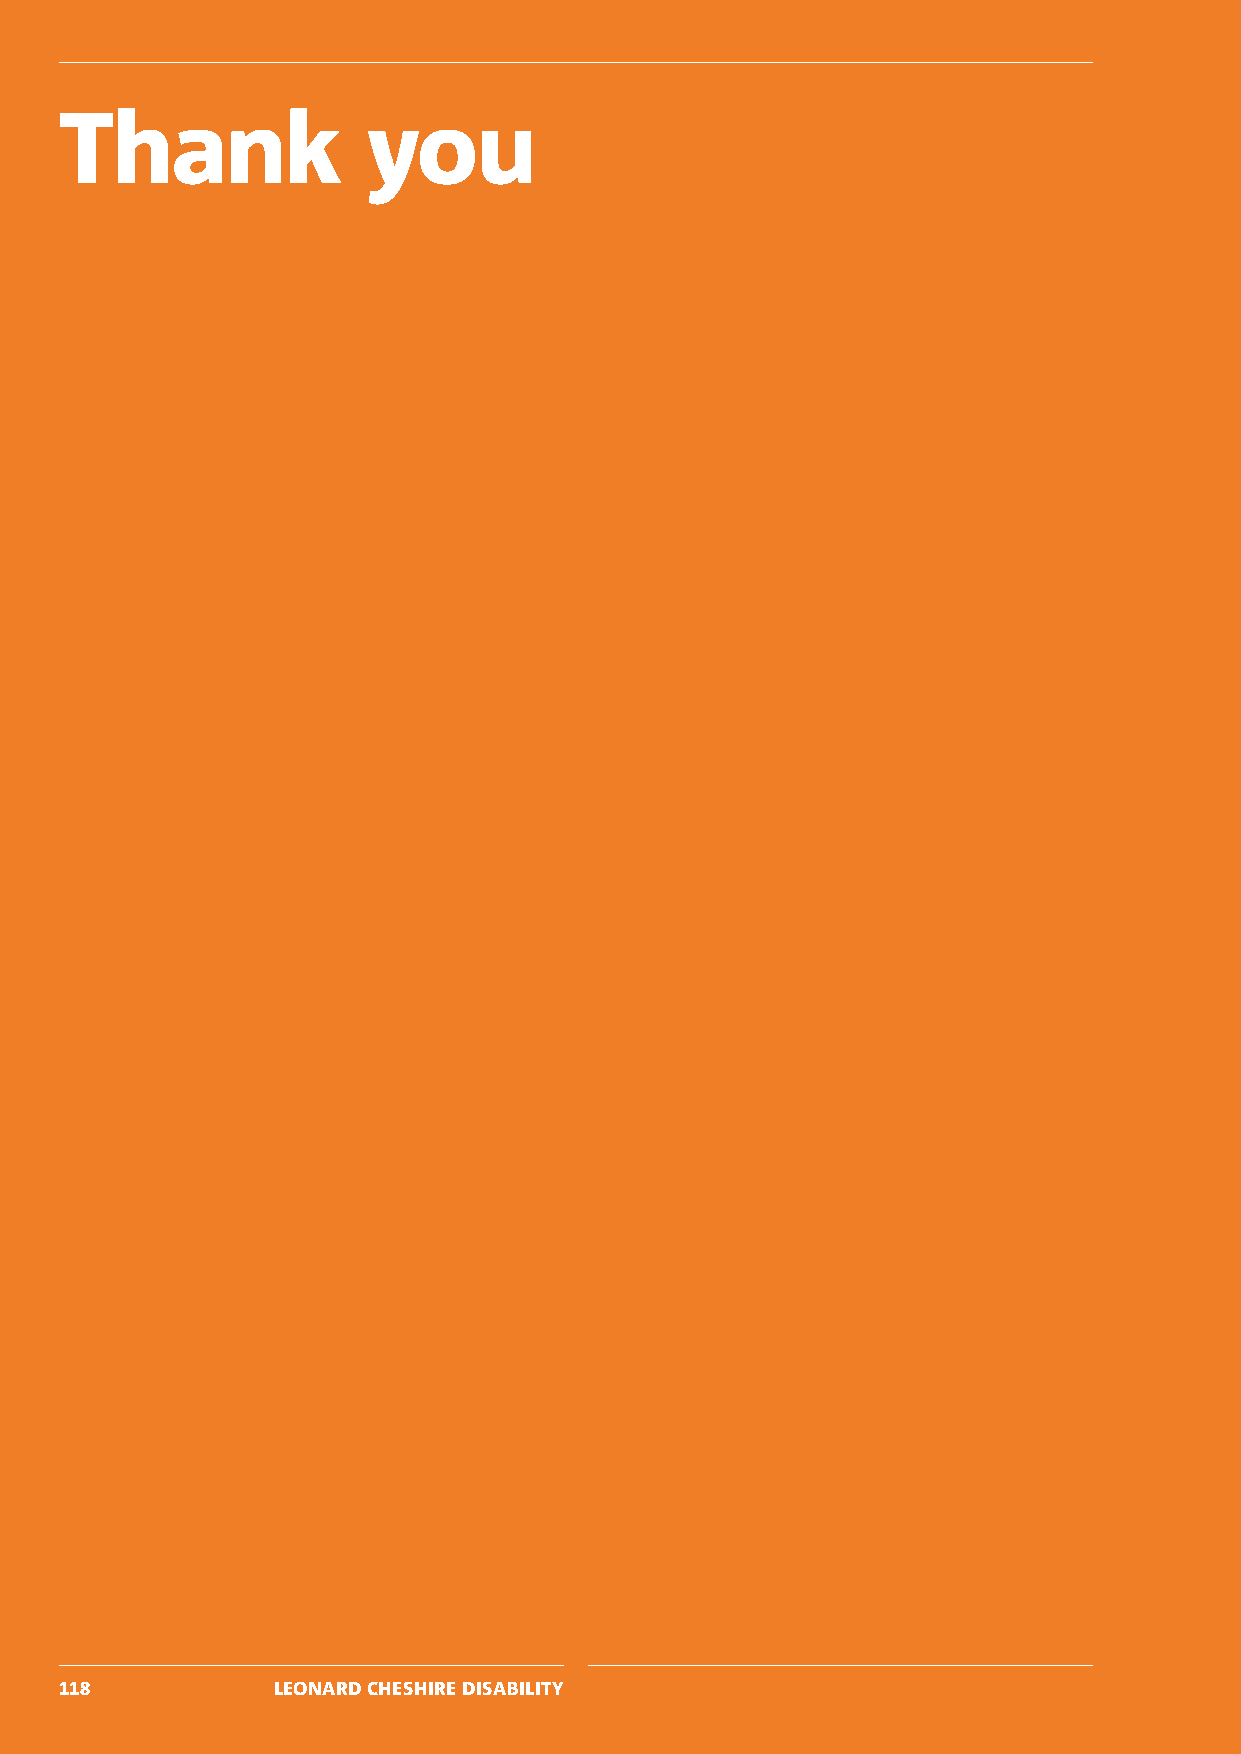
Thank               you
 118           LEONARD CHESHIRE DISABILITY